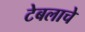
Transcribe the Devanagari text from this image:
टेबलाचे